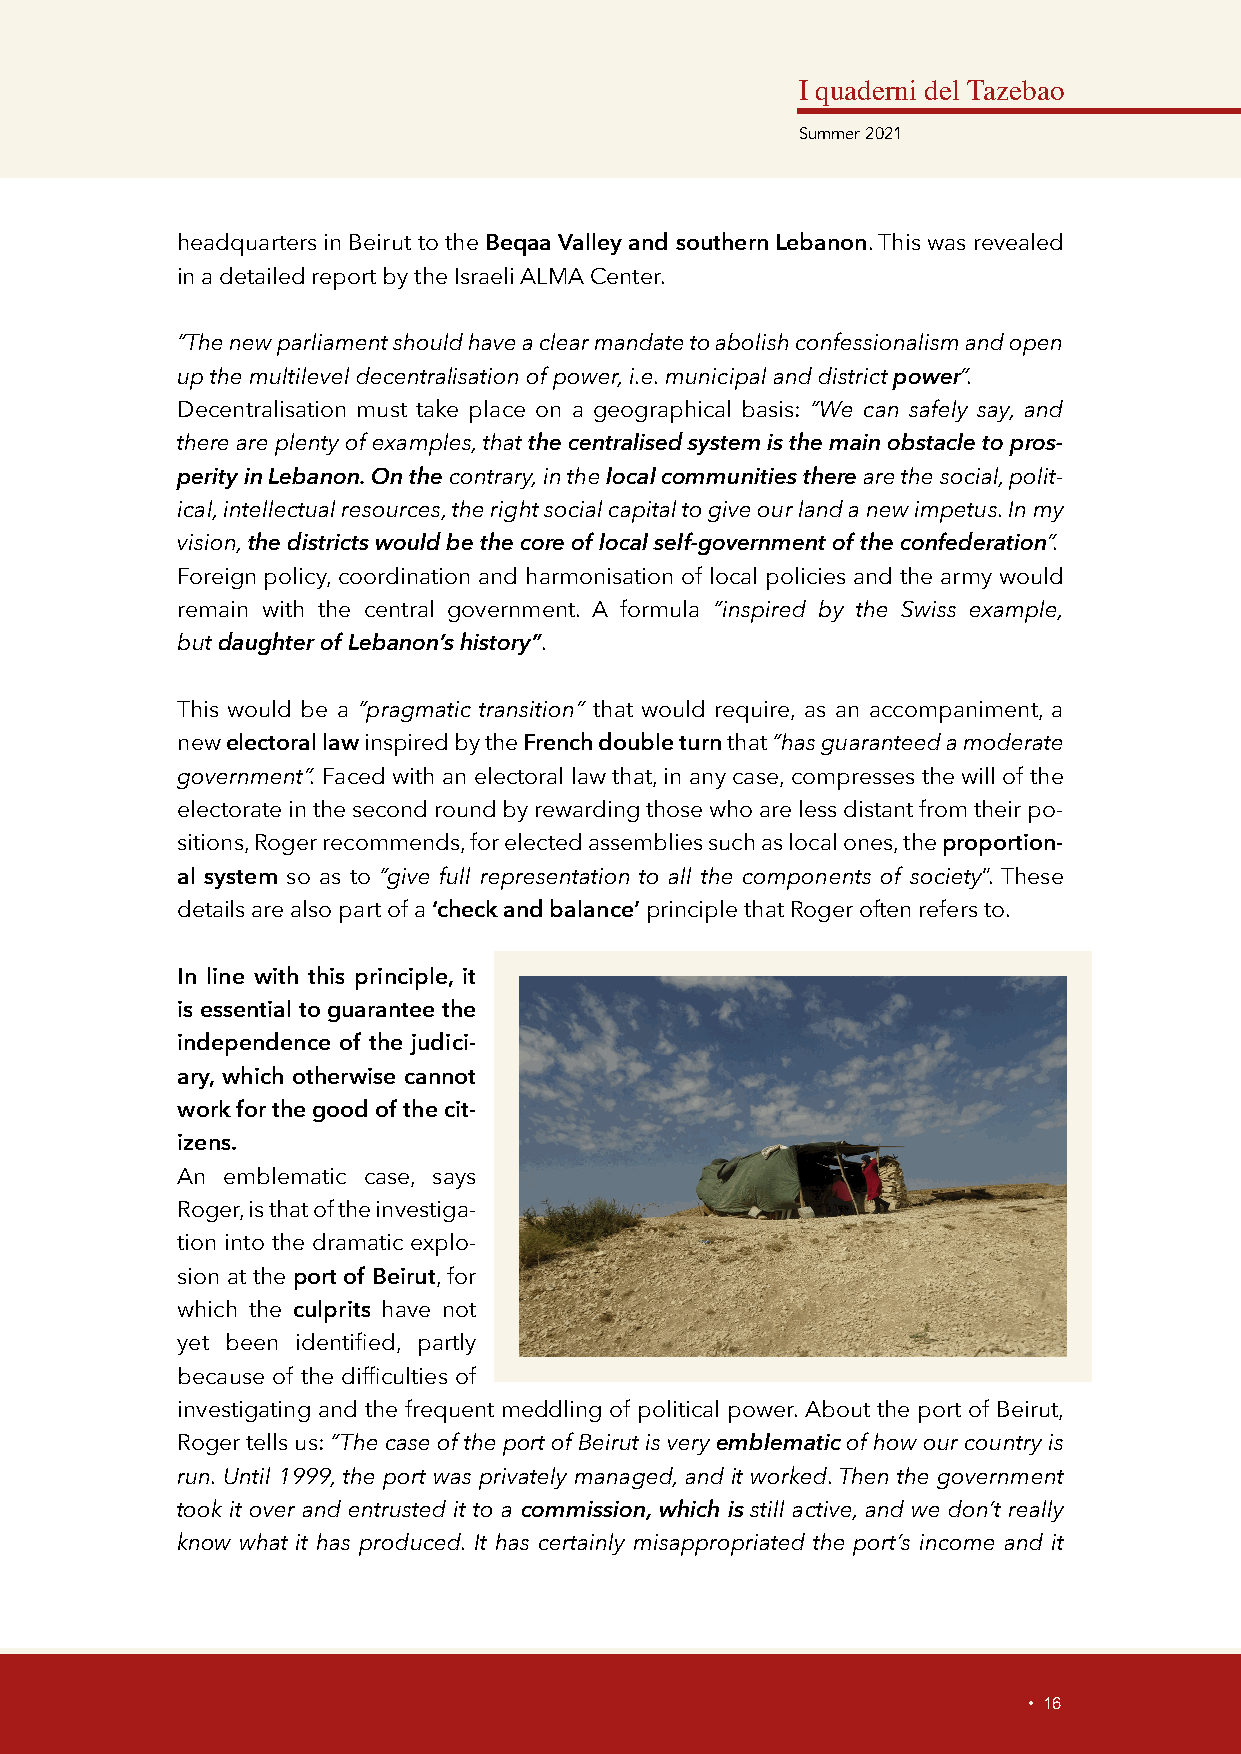
I quaderni del Tazebao
 Summer 2021
 headquarters in Beirut to the Beqaa Valley and southern Lebanon. This was revealed
 in a detailed report by the Israeli ALMA Center.
 “The new parliament should have a clear mandate to abolish confessionalism and open
 up the multilevel decentralisation of power, i.e. municipal and district power”.
 Decentralisation must take place on a geographical basis: “We can safely say, and
 there are plenty of examples, that the centralised system is the main obstacle to pros-
 perity in Lebanon. On the contrary, in the local communities there are the social, polit-
 ical, intellectual resources, the right social capital to give our land a new impetus. In my
 vision, the districts would be the core of local self-government of the confederation”.
 Foreign policy, coordination and harmonisation of local policies and the army would
 remain with the central government. A formula “inspired by the Swiss example,
 but daughter of Lebanon’s history”.
 This would be a “pragmatic transition” that would require, as an accompaniment, a
 new electoral law inspired by the French double turn that “has guaranteed a moderate
 government”. Faced with an electoral law that, in any case, compresses the will of the
 electorate in the second round by rewarding those who are less distant from their po-
 sitions, Roger recommends, for elected assemblies such as local ones, the proportion-
 al system so as to “give full representation to all the components of society”. These
 details are also part of a ‘check and balance’ principle that Roger often refers to.
 In line with this principle, it
 is essential to guarantee the
 independence of the judici-
 ary, which otherwise cannot
 work for the good of the cit-
 izens.
 An emblematic case, says
 Roger, is that of the investiga-
 tion into the dramatic explo-
 sion at the port of Beirut, for
 which the culprits have not
 yet been identified, partly
 because of the difficulties of
 investigating and the frequent meddling of political power. About the port of Beirut,
 Roger tells us: “The case of the port of Beirut is very emblematic of how our country is
 run. Until 1999, the port was privately managed, and it worked. Then the government
 took it over and entrusted it to a commission, which is still active, and we don’t really
 know what it has produced. It has certainly misappropriated the port’s income and it
 • 16